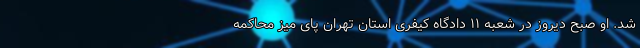
شد. او صبح دیروز در شعبه ۱۱ دادگاه کیفری استان تهران پای میز محاکمه